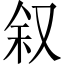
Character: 叙